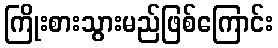
ကြိုးစားသွားမည်ဖြစ်ကြောင်း